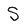
Character: S